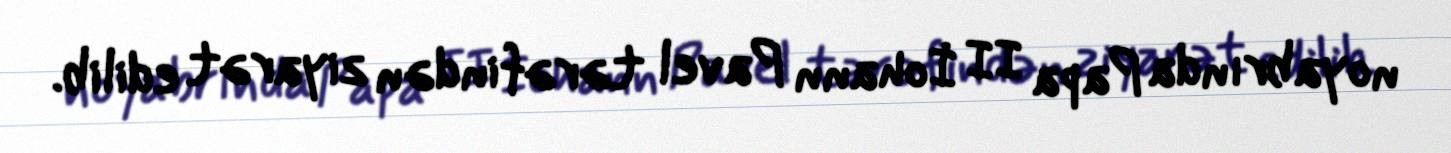
noyabrında Papa II İohann Pavel tərəfindən ziyarət edilib.